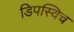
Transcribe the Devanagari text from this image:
डिपस्विच